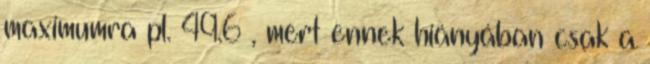
maximumra pl. 49.6 , mert ennek hiányában csak a